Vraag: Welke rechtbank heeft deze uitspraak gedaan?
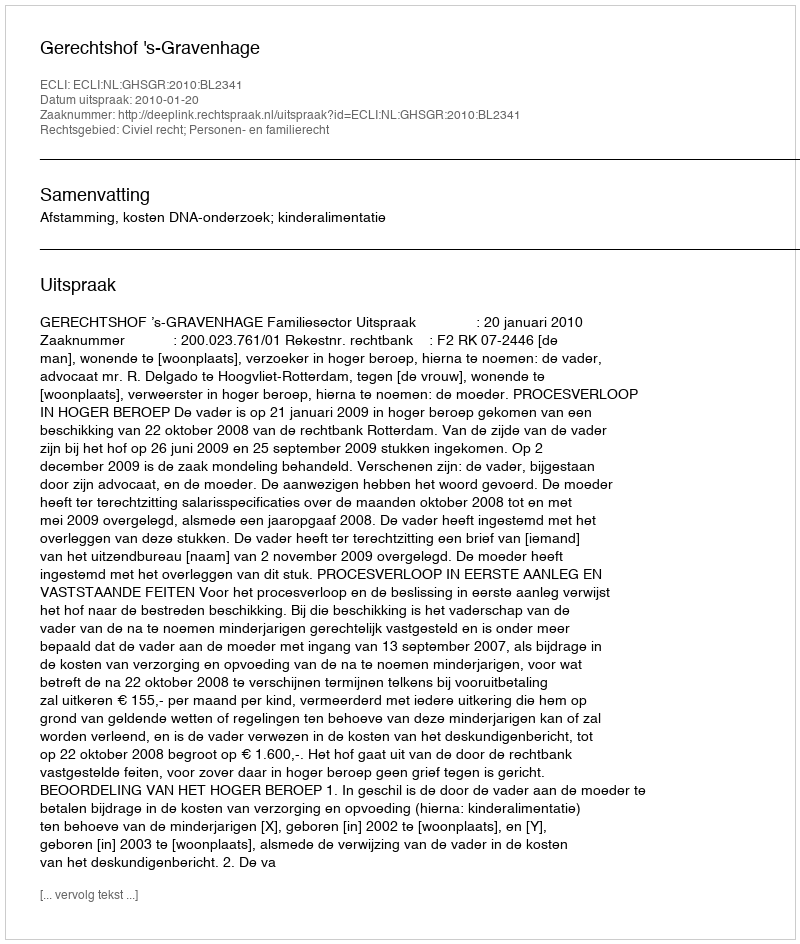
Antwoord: Gerechtshof 's-Gravenhage